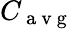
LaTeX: C_{\mathrm{~a~v~g~}}